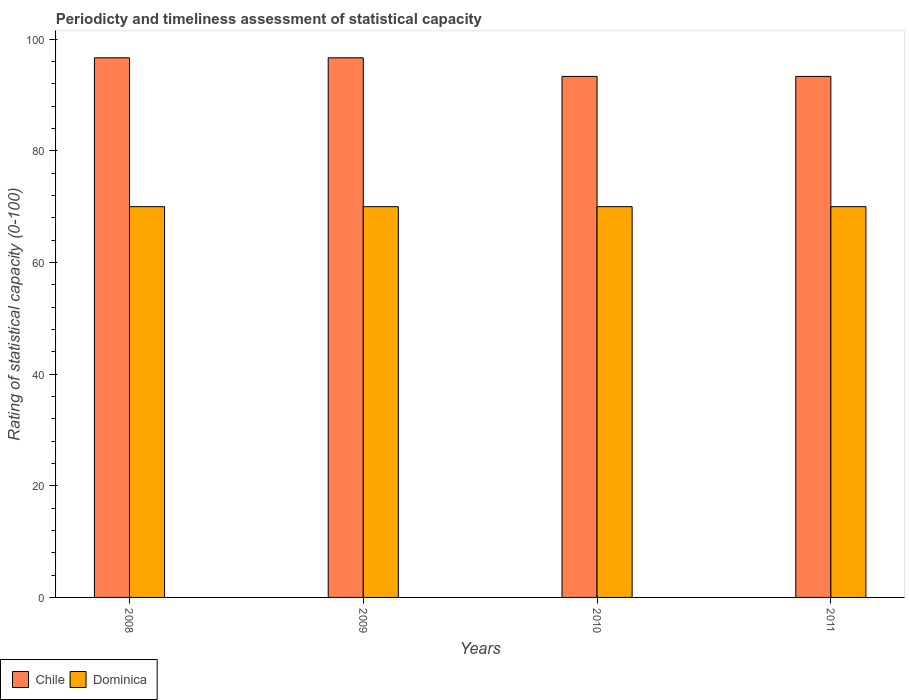
| Years | Chile | Dominica |
 | --- | --- | --- |
 | 2008 | 96.7 | 70 |
 | 2009 | 96.7 | 70 |
 | 2010 | 93.3 | 70 |
 | 2011 | 93.3 | 70 |